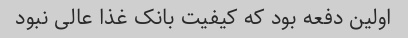
اولین دفعه بود که کیفیت بانک غذا عالی نبود